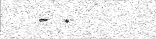
- .